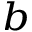
^ { b }